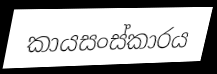
කායසංස්කාරය